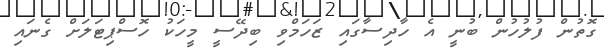
ގޮތުން ފުލުހުން ބުނީ އެ ހާދިސާގައި ޒަހަމްވި ބިދޭސީ މީހަކު ހޮސްޕިޓަލަށް ގެނައި